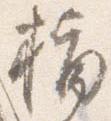
指